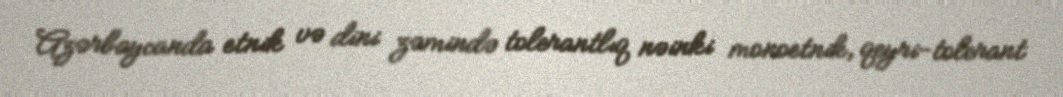
Azərbaycanda etnik və dini zəmində tolerantlıq nəinki monoetnik, qeyri-tolerant